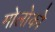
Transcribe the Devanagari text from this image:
मोलोको